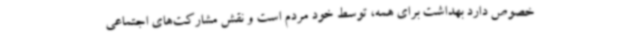
خصوص دارد بهداشت برای همه، توسط خود مردم است و نقش مشارکت‌های اجتماعی